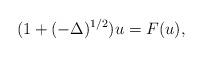
LaTeX: \begin{align*} (1+(-\Delta)^{1/2})u=F(u), \end{align*}